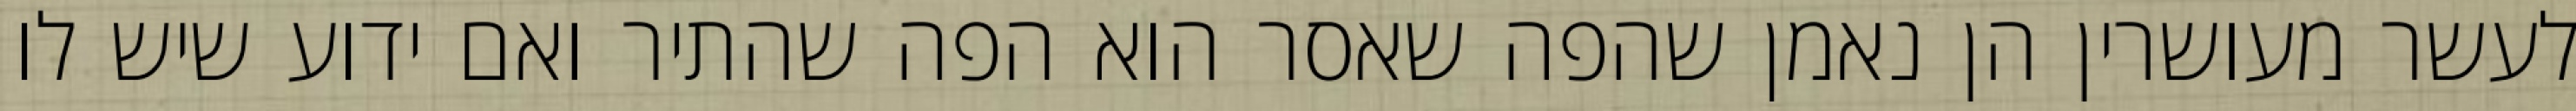
לעשר מעושרין הן נאמן שהפה שאסר הוא הפה שהתיר ואם ידוע שיש לו